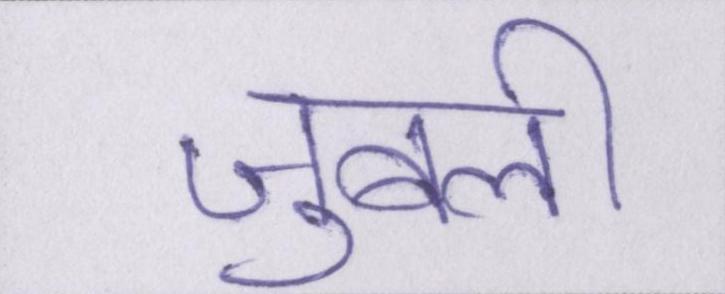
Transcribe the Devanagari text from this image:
जुबली